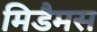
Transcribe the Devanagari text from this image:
मिडैमस